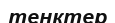
тенктер